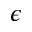
\epsilon